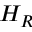
H _ { R }